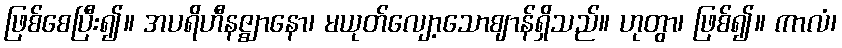
ဖြစ်စေပြီး၍။ အပရိဟီနဇ္ဈာနော၊ မယုတ်လျော့သောဈာန်ရှိသည်။ ဟုတွာ၊ ဖြစ်၍။ ကာလံ၊